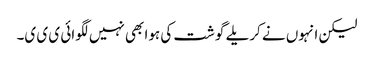
لیکن انہوں نے کریلے گوشت کی ہوا بھی نہیں لگوائی ی ی ی۔